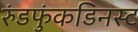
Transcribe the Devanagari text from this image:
रुंडफुंकडिनस्ट